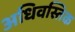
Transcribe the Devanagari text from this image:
अधिवस्तिक